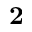
\mathbf { 2 }